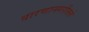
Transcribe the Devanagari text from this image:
वारणानगरीतले